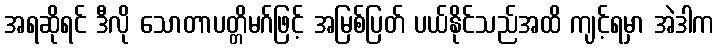
အရဆိုရင် ဒီလို သောတာပတ္တိမဂ်ဖြင့် အမြစ်ပြတ် ပယ်နိုင်သည်အထိ ကျင့်ရမှာ အဲဒါက